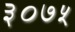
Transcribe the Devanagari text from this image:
३०७५